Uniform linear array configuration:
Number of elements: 64
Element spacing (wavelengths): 0.5
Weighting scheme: hamming
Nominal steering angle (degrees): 30
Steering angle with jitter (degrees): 31.698
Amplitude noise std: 0.05
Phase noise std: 0.05

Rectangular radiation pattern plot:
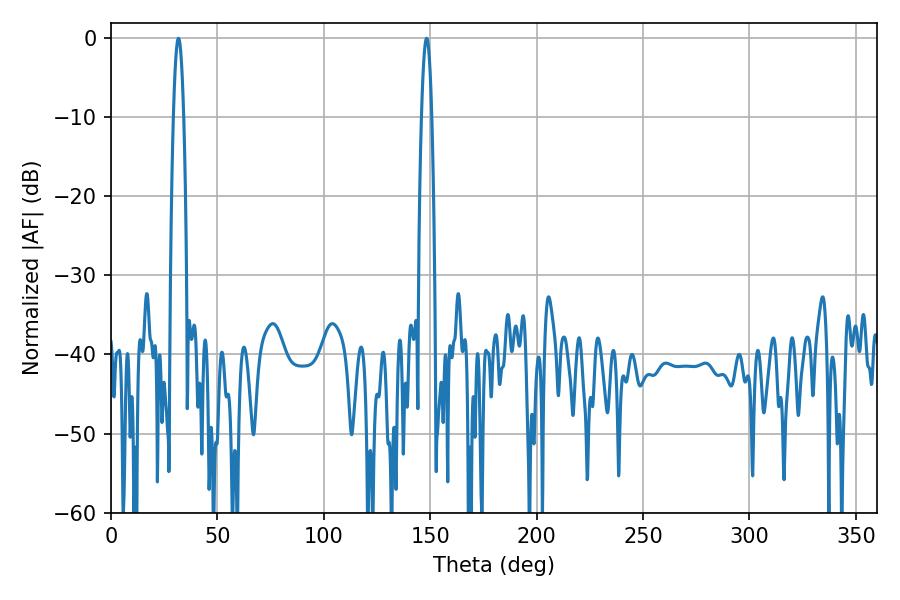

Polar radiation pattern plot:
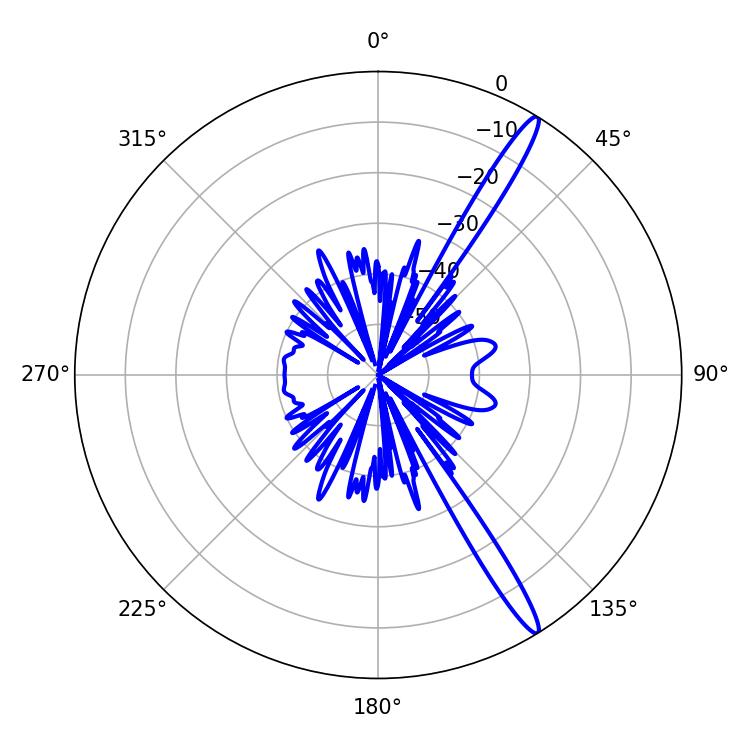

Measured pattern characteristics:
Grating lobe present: FALSE
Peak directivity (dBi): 15.751
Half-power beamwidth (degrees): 2.52
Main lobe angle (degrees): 31.68